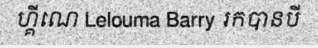
ហ្គីណេ Lelouma Barry រកបានបី